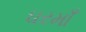
ઘરમાઁ